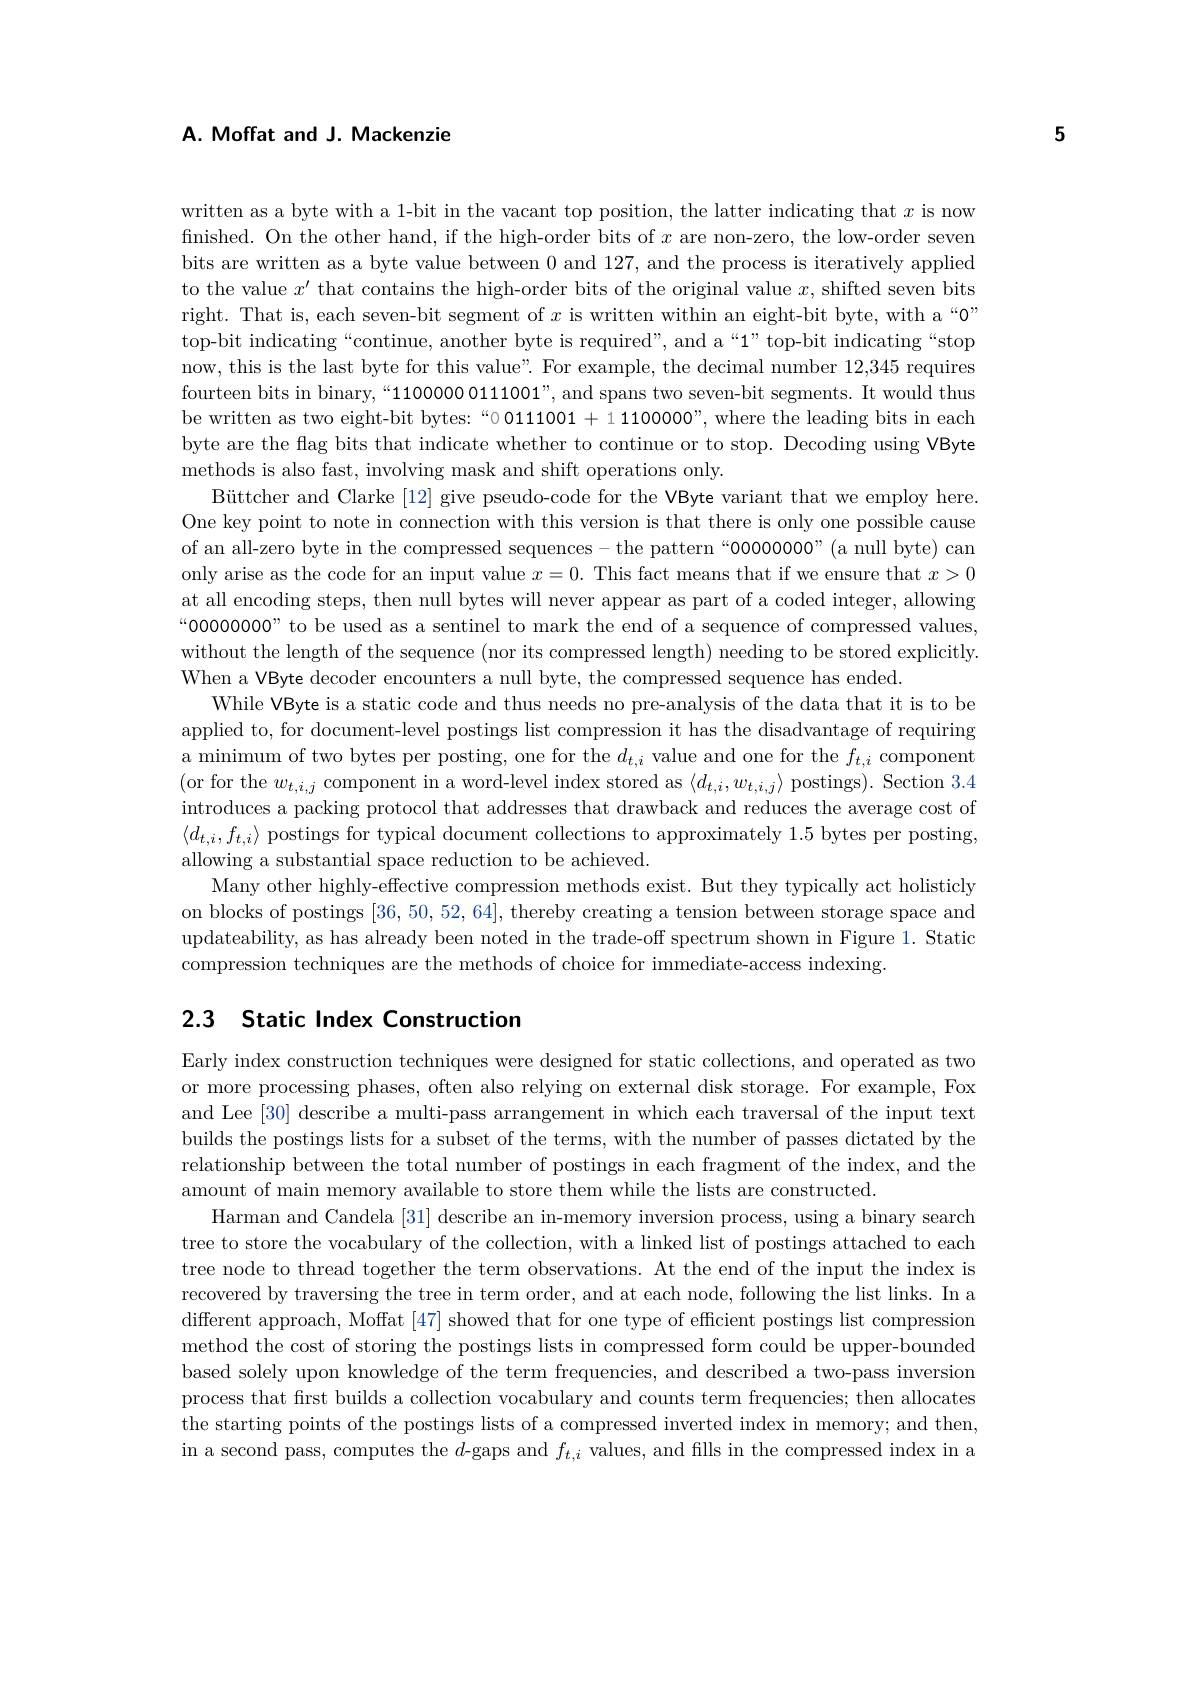
5

### A. Moffat and J. Mackenzie

written as a byte with a 1-bit in the vacant top position, the latter indicating that $x$ is now finished. On the other hand, if the high-order bits of $x$ are non-zero, the low-order seven bits are written as a byte value between 0 and 127, and the process is iteratively applied to the value $x^\prime$ that contains the high-order bits of the original value $x$, shifted seven bits right. That is, each seven-bit segment of $x$ is written within an eight-bit byte, with a“0” top-bit indicating“continue, another byte is required”, and a“1”top-bit indicating“stop now, this is the last byte for this value". For example, the decimal number 12,345 requires fourteen bits in binary,“110000000111001”, and spans two seven-bit segments. It would thus be written as two eight-bit bytes: “0 0111001 + 1 1100000", where the leading bits in each byte are the flag bits that indicate whether to continue or to stop. Decoding using VByte methods is also fast, involving mask and shift operations only.
Büttcher and Clarke [12] give pseudo-code for the VByte variant that we employ here. One key point to note in connection with this version is that there is only one possible cause of an all-zero byte in the compressed sequences- the pattern“0000000"(a null byte) can only arise as the code for an input value $x=0.$ This fact means that if we ensure that $x>0$ at all encoding steps, then null bytes will never appear as part of a coded integer, allowing “000000000” to be used as a sentinel to mark the end of a sequence of compressed values, without the length of the sequence (nor its compressed length) needing to be stored explicitly. When a VByte decoder encounters a null byte, the compressed sequence has ended.
While VByte is a static code and thus needs no pre-analysis of the data that it is to be applied to, for document-level postings list compression it has the disadvantage of requiring a minimum of two bytes per posting, one for the $d_t,i$ value and one for the $f_t,i$ component (or for the $w_t,i,j$ component in a word-level index stored as $\langle d_t,i,w_{t,i,j}\rangle$ postings). Section 3.4 introduces a packing protocol that addresses that drawback and reduces the average cost of $\langle d_{t,i},f_{t,i}\rangle$ postings for typical document collections to approximately 1.5 bytes per posting, allowing a substantial space reduction to be achieved.
Many other highly-effective compression methods exist. But they typically act holisticly on blocks of postings [36,50,52,64], thereby creating a tension between storage space and updateability, as has already been noted in the trade-off spectrum shown in Figure 1. Static compression techniques are the methods of choice for immediate-access indexing.

## 2.3 Static Index Construction

Early index construction techniques were designed for static collections, and operated as two or more processing phases, often also relying on external disk storage. For example, Fox and Lee [30] describe a multi-pass arrangement in which each traversal of the input text builds the postings lists for a subset of the terms, with the number of passes dictated by the relationship between the total number of postings in each fragment of the index, and the amount of main memory available to store them while the lists are constructed.
Harman and Candela [31] describe an in-memory inversion process, using a binary search tree to store the vocabulary of the collection, with a linked list of postings attached to each tree node to thread together the term observations. At the end of the input the index is recovered by traversing the tree in term order, and at each node, following the list links. In a different approach, Moffat [47] showed that for one type of efficient postings list compression method the cost of storing the postings lists in compressed form could be upper-bounded based solely upon knowledge of the term frequencies, and described a two-pass inversion process that first builds a collection vocabulary and counts term frequencies; then allocates the starting points of the postings lists of a compressed inverted index in memory; and then, in a second pass, computes the $d$-gaps and $f_t,i$ values, and fills in the compressed index in a